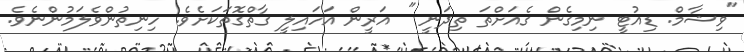
"ވިޝާމް. ޑިއުޓީ ނިމިގެން ގެއަށްތަ ތިދަނީ " އަރީން އަހައިލީ ގާތްގޮތަކަށެވެ. ހިނިތުންވެލަމުންނެވެ.